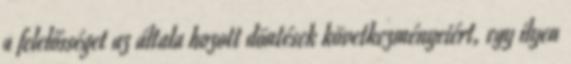
a felelősséget az általa hozott döntések következményeiért, egy ilyen